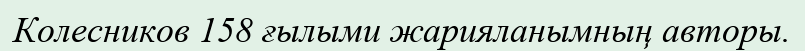
Колесников 158 ғылыми жарияланымның авторы.